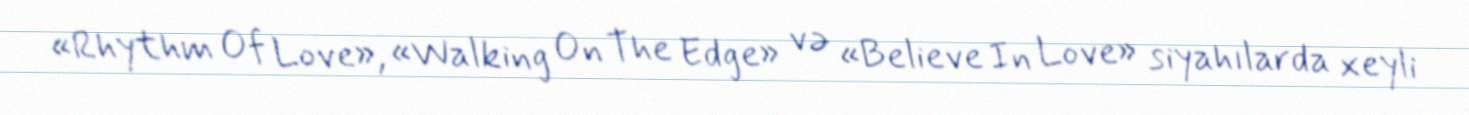
«Rhythm Of Love», «Walking On The Edge» və «Believe In Love» siyahılarda xeyli